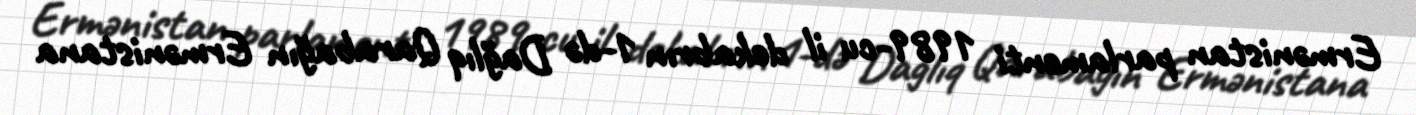
Ermənistan parlamenti 1989-cu il dekabrın 1-də Dağlıq Qarabağın Ermənistana